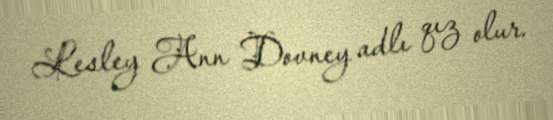
Lesley Ann Dovney adlı qız olur.